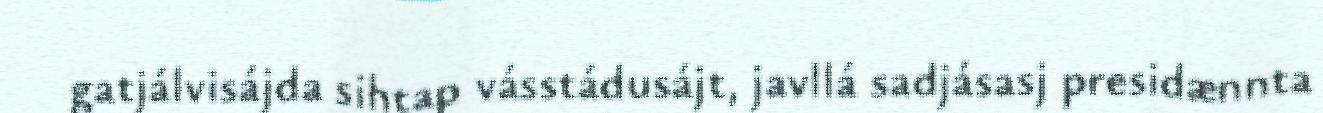
gatjálvisájda sihtap vásstádusájt, javllá sadjásasj presidænnta